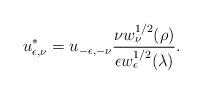
LaTeX: \begin{align*}u_{\epsilon,\nu}^* = u_{-\epsilon,-\nu}\frac{ \nu w_{\nu}^{1/2}(\rho)}{\epsilon w_{\epsilon}^{1/2}(\lambda)}.\end{align*}